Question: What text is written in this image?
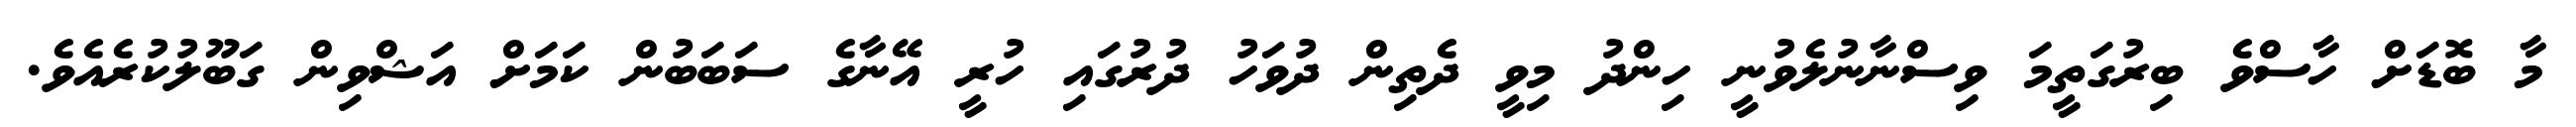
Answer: މާ ބޮޑަށް ހާސްވެ ބިރުގަތީމަ ވިސްނާނުލެވުނީ ހިންދު މިވީ ދެތިން ދުވަހު ދުރުގައި ހުރީ އޭނާގެ ސަބަބުން ކަމަށް އަޝްވިން ގަބޫލުކުރެއެވެ.